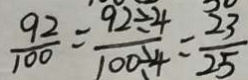
\frac { 9 2 } { 1 0 0 } = \frac { 9 2 \div 4 } { 1 0 0 \div 4 } = \frac { 2 3 } { 2 5 }